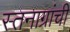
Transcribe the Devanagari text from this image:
स्तनाग्रांची